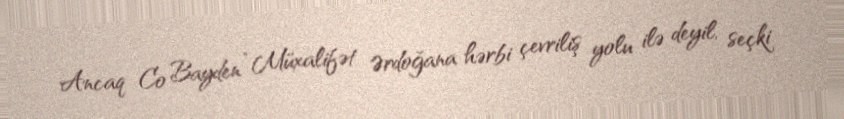
Ancaq Co Bayden “Müxalifət Ərdoğana hərbi çevriliş yolu ilə deyil, seçki